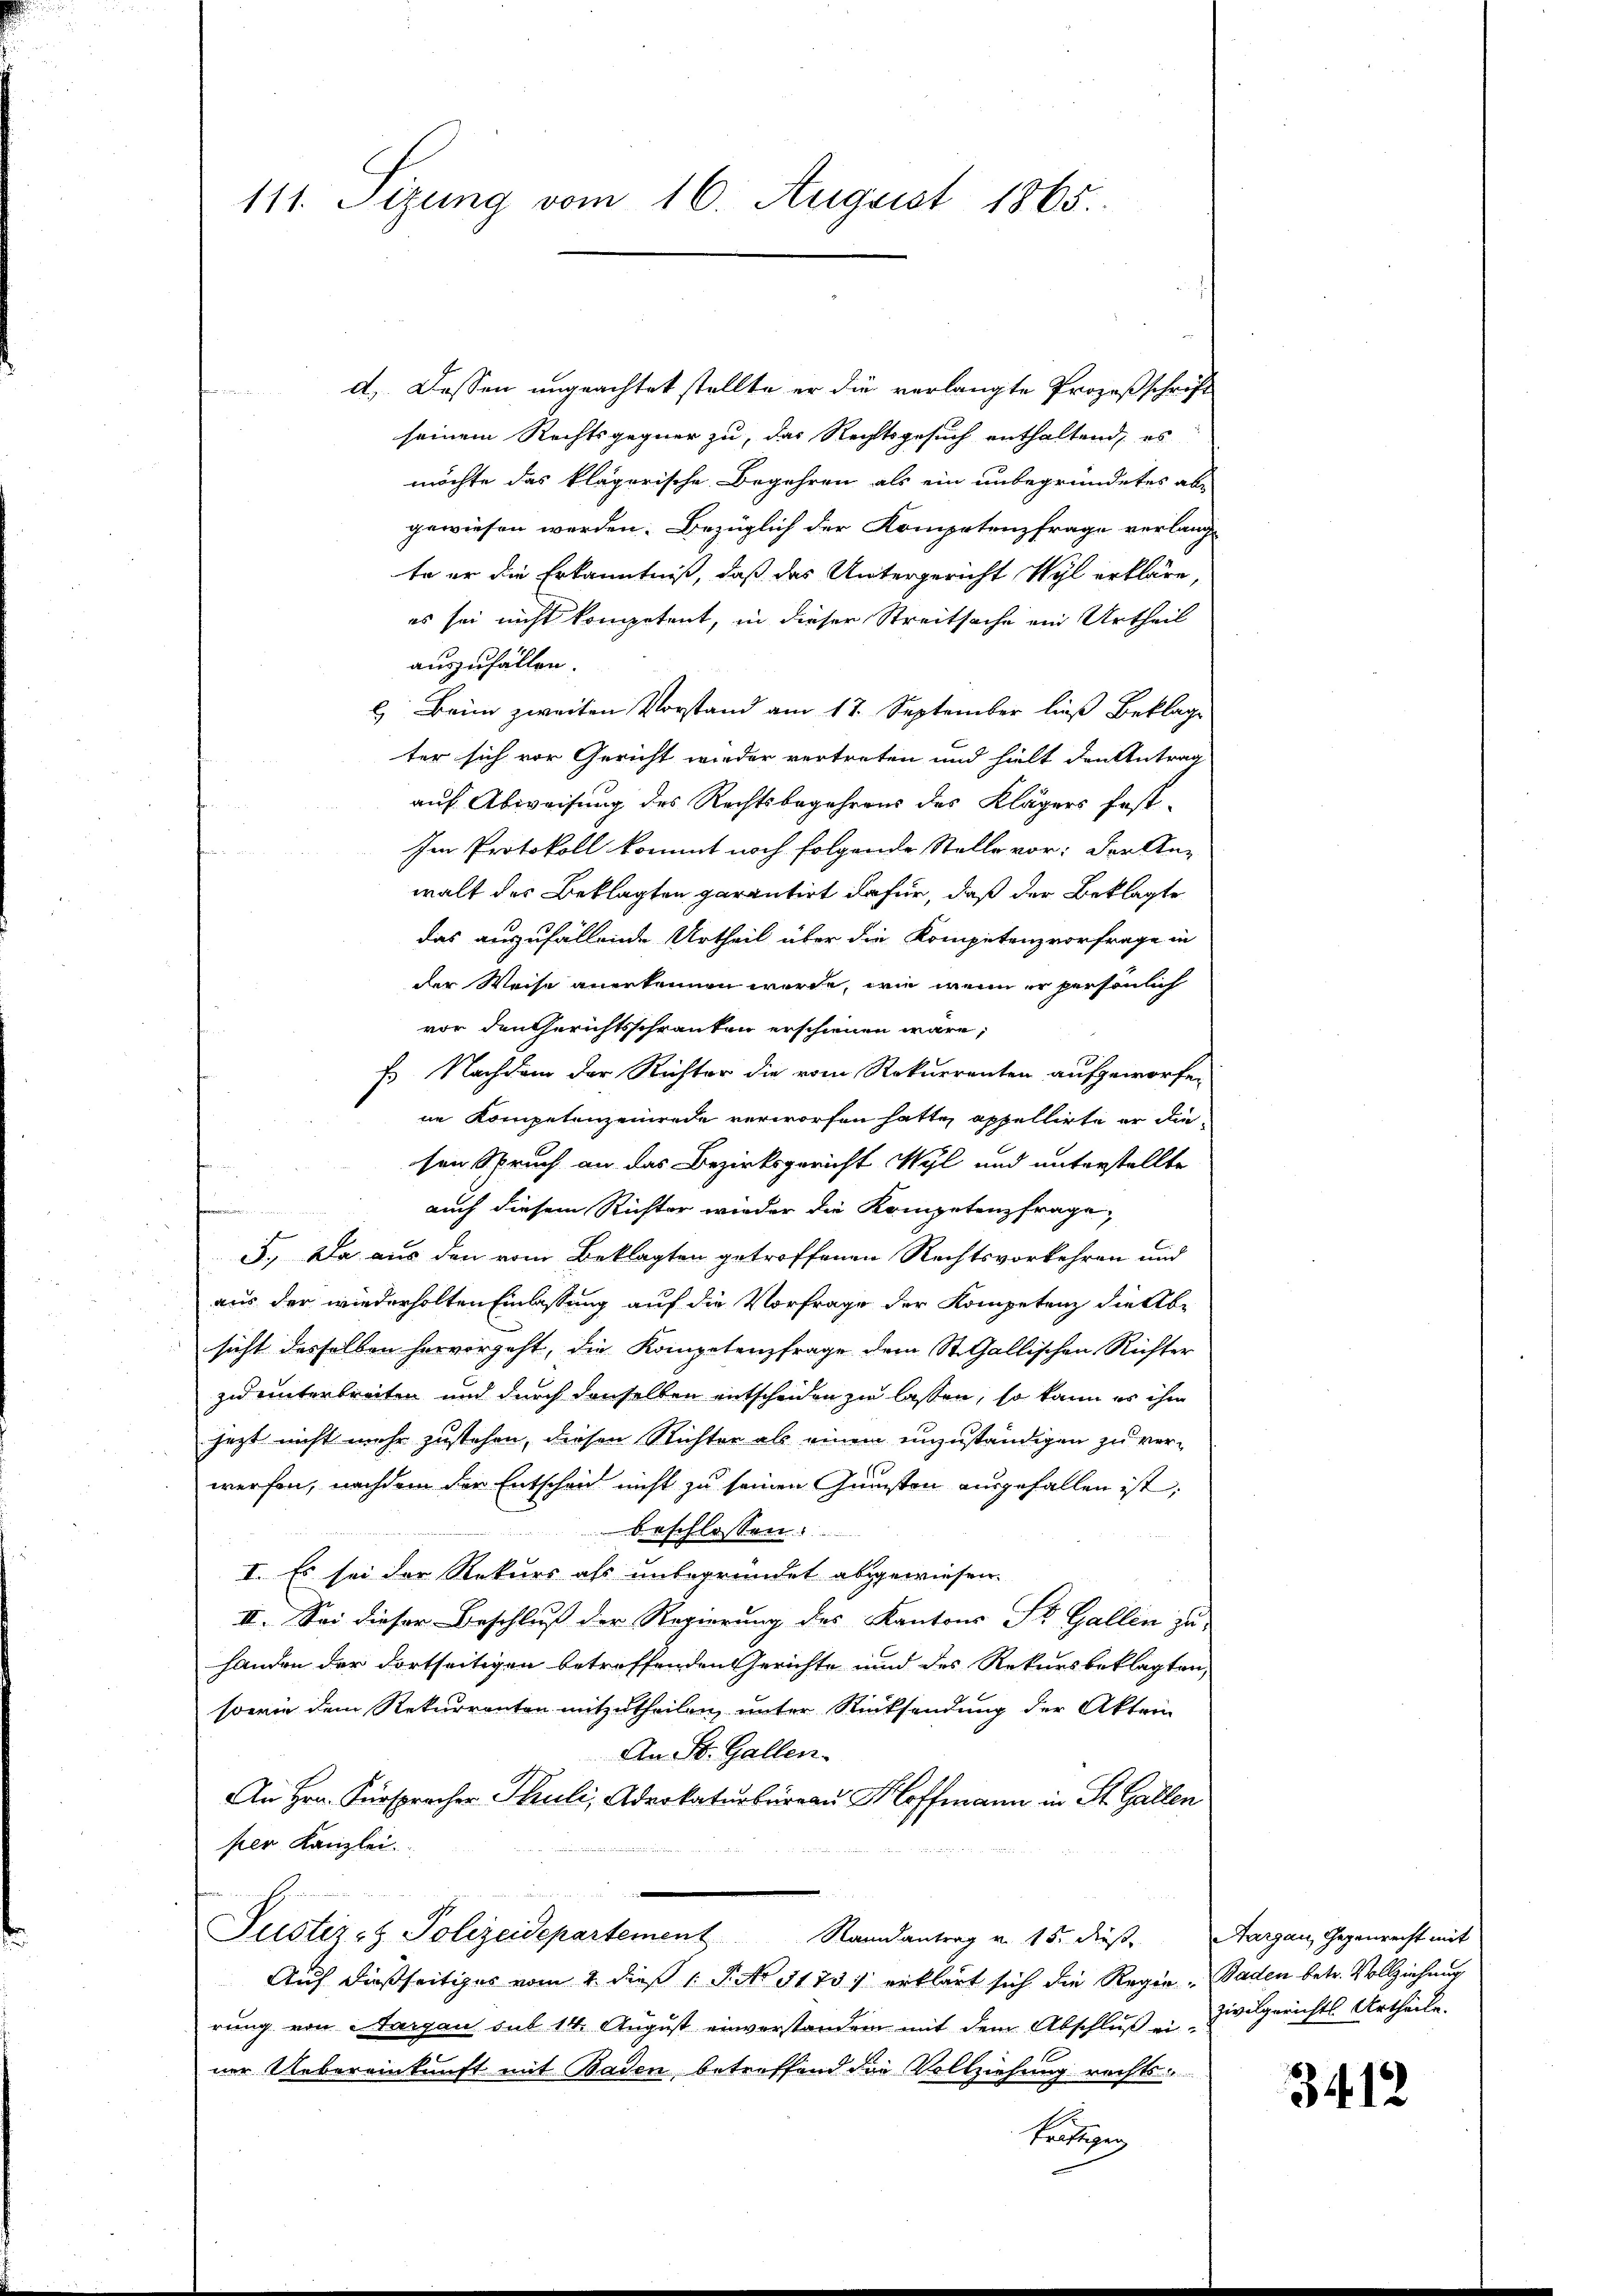
111. Sizung vom 16. August 1865.

d). Dassen ungeachtet stellte er die verlangte Prozeßschrift

seinem Rechtsgegner zu, das Rechtsgesuch enthaltend, es
möchte das klägerische Begehren als ein unbegründetes ab-
gewiesen werden. Bezüglich der Kompetenzfrage verlang-
te er die Erkanntniß, daß das Untergericht Wyl erkläre,
es sei nicht kompetent, in dieser Streitsache ein Urtheil
auszufallen.
l) Beim zweiten Vorstand am 17. September ließ Beklage
ter sich vor Gericht wieder vertreten und hielt den Antrag
auf Abweisung des Rechtsbegehrens des Klägers fest-
Im Protokoll kommt noch folgende Stelle vor; der An-
walt des Beklagten garantirt dafür, daß der Beklagte
das auszufallende Urtheil über die Kompetenzvorfrage in
der Weise anerkennen werde, wie wenn er persönlich
vor den Gerichtsschränken erschienen wäre,
f. Nachdem der Richter die vom Rekurrenten aufgeworfen
ne Kompetenzenrede verworfen hatte, appellirte er diesen Spruch an das Bezirksgericht Wyl und unterstellte
auch diesem Richter wieder die Kompetenzfrage,
a
5., Da aus den vom Beklagten getroffenen Rechtsvorkehren und
aus der wiederholten Einlassung auf die Vorfrage der Kompetenz die Ab-
sicht desselben hervorgeht, die Kompetenzfrage dem St. Gallischen Richter
zu unterbreiten und durch denselben entscheiden zu lassen, so kann es ihm
jezt nicht mehr zustehen, diesen Richter als einem unzuständigen zu verwerfen, nachdem der Entscheid nicht zu seinen Gunsten ausgefallen ist,
beschlossen:
I. Es sei der Rekurs als unbegründet abgewiesen.
III. Sei dieser Beschluß der Regierung des Kantons St. Gallen zu
handen der dortseitigen betreffenden Gerichte und des Rekursbeklagten,
sowie dem Rekurrenten mitzutheilen, unter Rücksendung der Akten
An St. Gallen.
An Hrn. Fürsprecher Thuli, Advokaturbureau Hoffmann in St. Gallen
per Kanzlei.
Justiz- & Polizeidepartement Randantrag v. 15. dieß. Aargau, Gegenrecht mit
Auf dießseitiges vom 2. dieß 1 S. No 3173. erklärt sich die Regie - Baden betr. Vollziehung
rung von Aargau sub 14. August einverstanden mit dem Abschluß er Zivilgerichts-Artheile.
ner Uebereinkunft mit Baden, betreffend der Vollziehung rechtskünftigen

3412